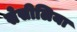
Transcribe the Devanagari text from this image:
सेसीलिया